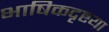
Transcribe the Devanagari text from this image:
भाषिकदृष्टया